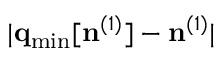
\vert { \bf q } _ { \mathrm { m i n } } [ { \bf n } ^ { ( 1 ) } ] - { \bf n } ^ { ( 1 ) } \vert